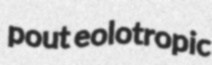
pout eolotropic